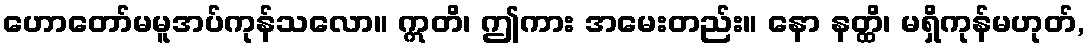
ဟောတော်မမူအပ်ကုန်သလော။ ဣတိ၊ ဤကား အမေးတည်း။ နော နတ္ထိ၊ မရှိကုန်မဟုတ်,